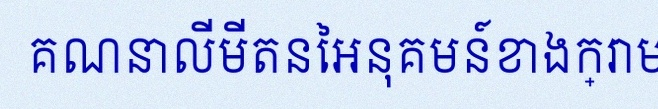
គណនាលីមីតនៃអនុគមន៍ខាងក្រោម